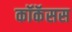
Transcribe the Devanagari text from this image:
कॉकॅसस